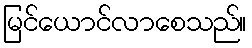
မြင်ယောင်လာစေသည်။